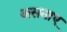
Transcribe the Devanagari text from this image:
असनाए